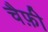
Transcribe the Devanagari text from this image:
चैफ़ी